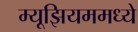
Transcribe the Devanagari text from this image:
म्यूझियममध्ये